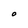
Character: O